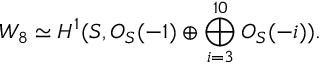
W _ { 8 } \simeq H ^ { 1 } ( { \cal S } , { \cal O } _ { \cal S } ( - 1 ) \oplus \bigoplus _ { i = 3 } ^ { 1 0 } { \cal O } _ { \cal S } ( - i ) ) .